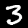
Digit: 3